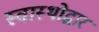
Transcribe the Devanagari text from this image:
स्वास्थोद्धार